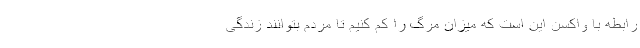
رابطه با واکسن این است که میزان مرگ را کم کنیم تا مردم بتوانند زندگی